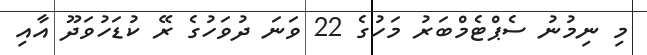
މި ނިމުނު ސެޕްޓެމްބަރު މަހުގެ 22 ވަނަ ދުވަހުގެ ރޭ ކުޑަހުވަދޫ އާއި